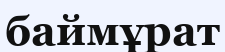
баймұрат